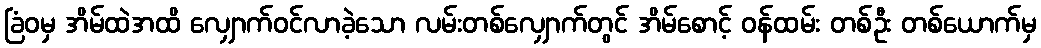
ခြံဝမှ အိမ်ထဲအထိ လျှောက်ဝင်လာခဲ့သော လမ်းတစ်လျှောက်တွင် အိမ်စောင့် ဝန်ထမ်း တစ်ဦး တစ်ယောက်မှ